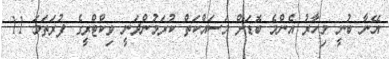
އޭނާ ބުނީ މިހާރު އެންމެ ބޮޑަށް މަސައްކަތް ކުރަމުންދަނީ ވިކްޓްރީގެ ފުރަތަމަ 11